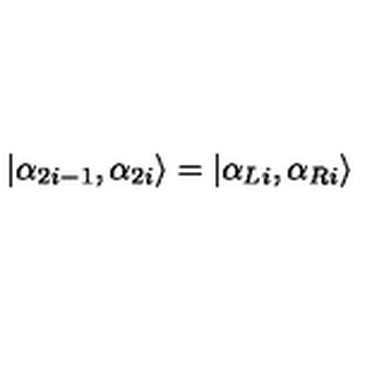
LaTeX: \left| \alpha _ { 2 i - 1 } , \alpha _ { 2 i } \right\rangle = \left| \alpha _ { L i } , \alpha _ { R i } \right\rangle